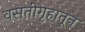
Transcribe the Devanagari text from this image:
वसतीगृहातून